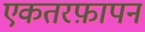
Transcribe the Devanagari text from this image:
एकतरफ़ापन